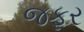
જફર